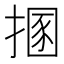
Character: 㨡